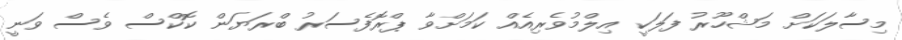
މިސާލަކަށް މަޝްހޫރު ފަލަކީ އިލްމުވެރިއެއް ކަމަށްވާ ޕްރޮފެސަރު ބްރަޔަން ކޮކްސް ވެސް ވަނީ